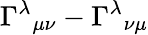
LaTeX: \Gamma^{\lambda}{}_{\mu\nu}-\Gamma^{\lambda}{}_{\nu\mu}